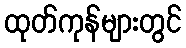
ထုတ်ကုန်များတွင်